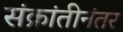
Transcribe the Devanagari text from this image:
संक्रांतीनंतर